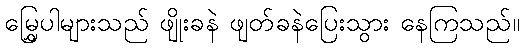
မြွှေပါများသည် ဖျိုးခနဲ ဖျတ်ခနဲပြေးသွား နေကြသည်။